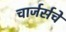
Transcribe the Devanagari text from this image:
चार्जर्सचे